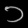
Digit: ၁